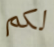
لكم